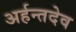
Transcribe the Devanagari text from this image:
अर्हन्तदेव